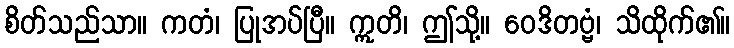
စိတ်သည်သာ။ ကတံ၊ ပြုအပ်ပြီ။ ဣတိ၊ ဤသို့။ ဝေဒိတဗ္ဗံ၊ သိထိုက်၏။